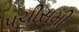
પચીસમી